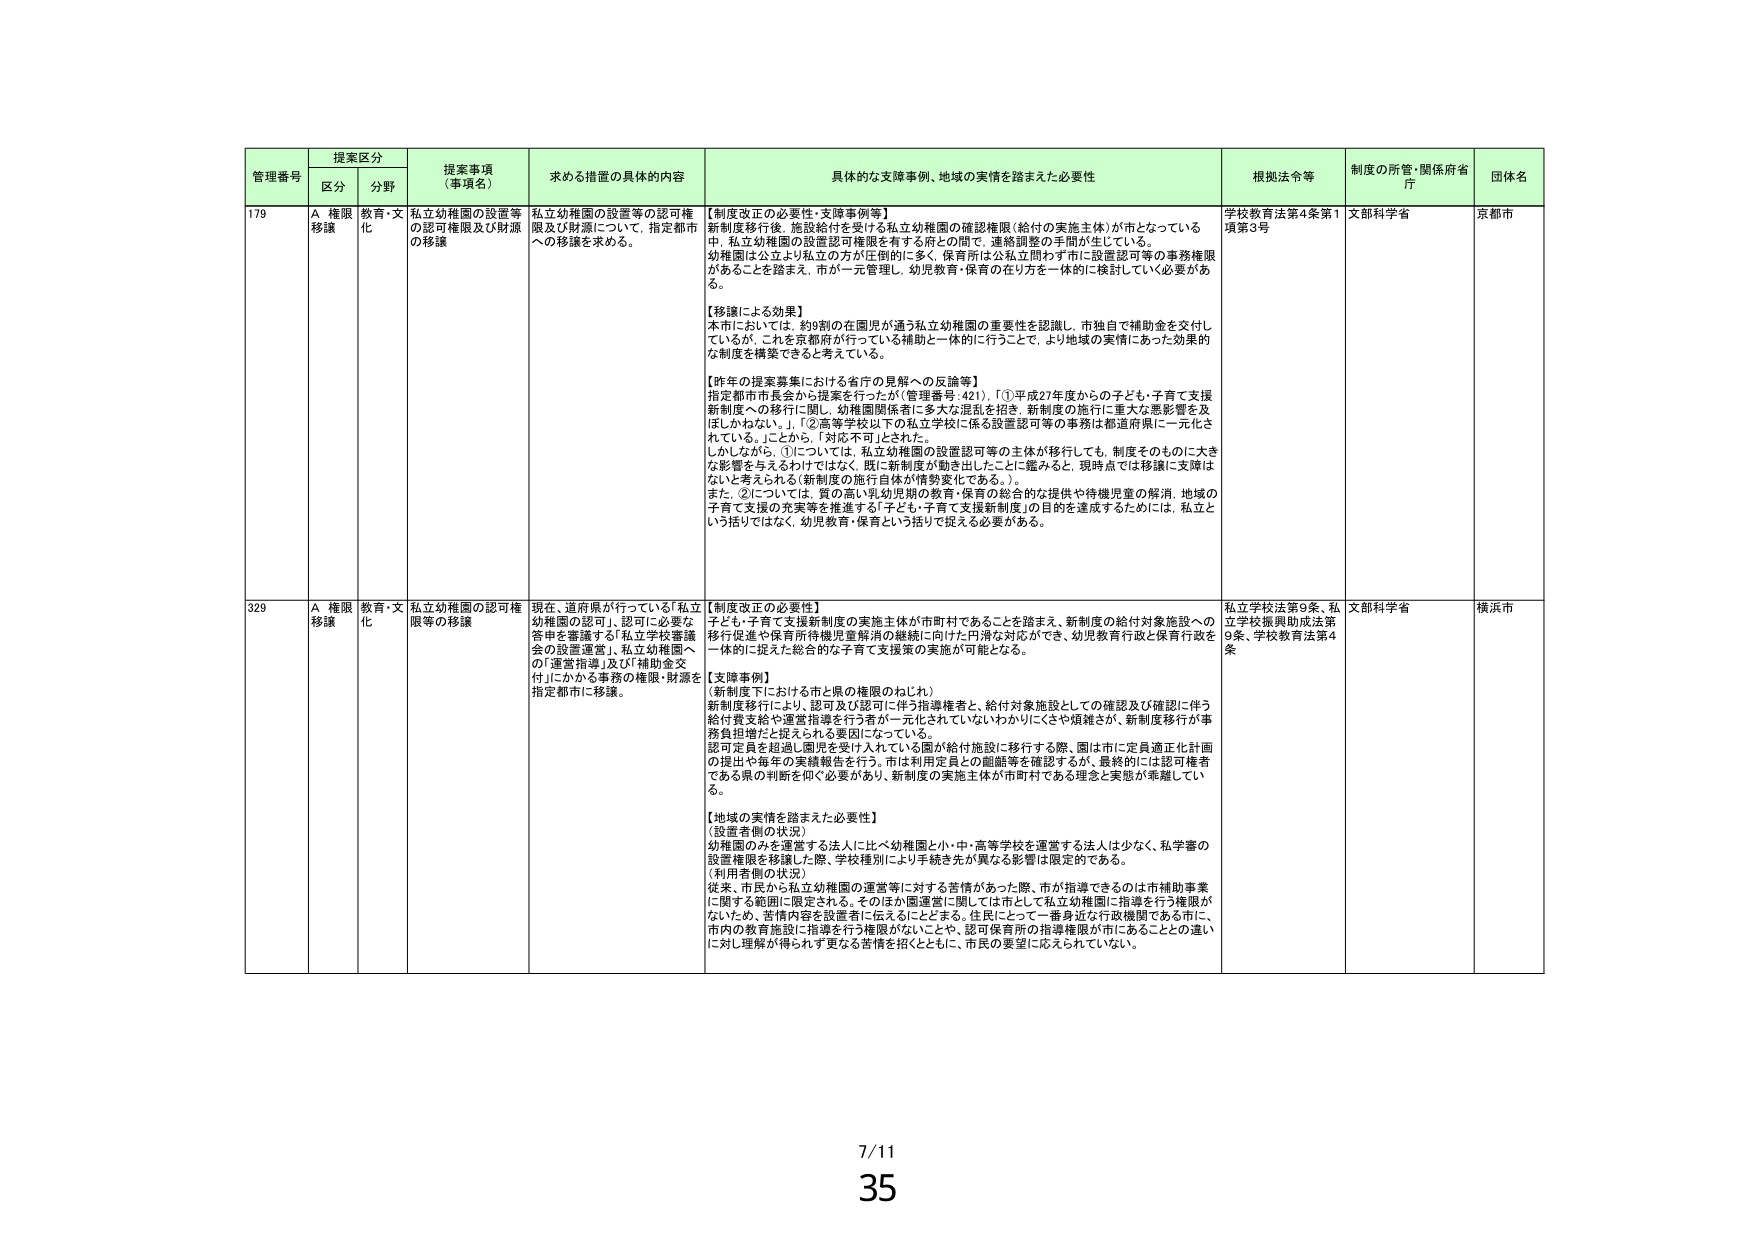
管理番号 提案区分 提案事項（事項名） 求める措置の具体的内容 具体的な支障事例、地域の実情を踏まえた必要性 根拠法令等 制度の所管・関係府省庁 団体名
区分 分野
179 A 権限移譲 教育・文化 私立幼稚園の設置等の認可権限及び財源の移譲 私立幼稚園の設置等の認可権限及び財源について、指定都市への移譲を求める。 【制度改正の必要性・支障事例等】
新制度移行後、施設給付を受ける私立幼稚園の確認権限（給付の実施主体）が市となっている中、私立幼稚園の設置認可権限を有する府との間で、連絡調整の手間が生じている。
幼稚園は公立より私立の方が圧倒的に多く、保育所は公私立問わず市に設置認可等の事務権限があることを踏まえ、市が一元管理し、幼児教育・保育の在り方を一体的に検討していく必要がある。
【移譲による効果】
本市においては、約9割の在園児が通う私立幼稚園の重要性を認識し、市独自で補助金を交付しているが、これを京都府が行っている補助と一体的に行うことで、より地域の実情にあった効果的な制度を構築できると考えている。
【昨年の提案募集における省庁の見解への反論等】
指定都市市長会から提案を行ったが（管理番号：421）、「①平成27年度からの子ども・子育て支援新制度への移行に関し、幼稚園関係者に多大な混乱を招き、新制度の施行に重大な悪影響を及ぼしかねない。」、「②高等学校以下の私立学校に係る設置認可等の事務は都道府県に一元化されている。」とから、「対応不可」とされた。
しかしながら、①については、私立幼稚園の設置認可等の主体が移行しても、制度そのものに大きな影響を与えるわけではなく、既に新制度が動き出したことに鑑みると、現時点では移譲に支障はないと考えられる（新制度の施行自体が情勢変化である。）。
また、②については、質の高い乳幼児期の教育・保育の総合的提供や待機児童の解消、地域の子育て支援の充実等を推進する「子ども・子育て支援新制度」の目的を達成するためには、私立という括りではなく、幼児教育・保育という括りで捉える必要がある。
学校教育法第4条第1項第3号 文部科学省 京都市
329 A 権限移譲 教育・文化 私立幼稚園の認可権限等の移譲 現在、道府県が行っている「私立幼稚園の認可」、認可に必要な答申を審議する「私立学校審議会の設置運営」、私立幼稚園への「運営指導」及び「補助金交付」にかかる事務の権限・財源を指定都市に移譲。 【制度改正の必要性】
子ども・子育て支援新制度の実施主体が市町村であることを踏まえ、新制度の給付対象施設への移行促進や保育所待機児童解消の継続に向けた円滑な対応ができ、幼児教育行政と保育行政を一体的に捉えた総合的な子育て支援策の実施が可能となる。
【支障事例】
（新制度移行における市と県の権限のねじれ）
新制度移行により、認可及び認可に伴う指導権者と、給付対象施設としての確認及び確認に伴う給付費支給や運営指導を行う者が一元化されていないわからにくさや煩雑さが、新制度移行が事務負担増だと捉えられる要因になっている。
認可要員を超過し園児を受け入れている園が給付施設に移行する際、園は市に定員適正化計画の提出や毎年の実績報告を行う。市は利用定員との齟齬等を確認するが、最終的には認可権者である県の判断を仰ぐ必要があり、新制度の実施主体が市町村である理念と実態が乖離している。
【地域の実情を踏まえた必要性】
（設置者側の状況）
幼稚園のみを運営する法人に比べ幼稚園と小・中・高等学校を運営する法人は少なく、私学審の設置権限を移譲した際、学校種別により手続き先が異なる影響は限定的である。
（利用者側の状況）
従来、市民から私立幼稚園の運営等に対する苦情があった際、市が指導できるのは市補助事業に関する範囲に限定される。そのほか園運営に関しては市として私立幼稚園に指導を行う権限がないため、苦情内容を設置者に伝えることとなる。住民にとって一番身近な行政機関である市に、市内の教育施設に指導を行う権限がないことや、認可保育所の指導権限が市にあることとの違いに対し理解が得られず更なる苦情を招くとともに、市民の要望に応えられていない。
私立学校法第9条、私立学校振興助成法第9条、学校教育法第4条 文部科学省 横浜市
7/11
35